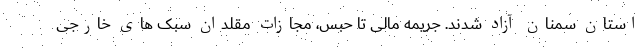
استان سمنان آزاد شدند. جریمه مالی تا حبس، مجازات مقلدان سبک های خارجی